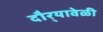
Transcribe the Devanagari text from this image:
दौर्‍यावेळी